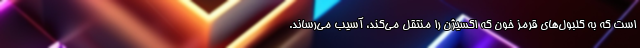
است که به گلبول‌های قرمز خون که اکسیژن را منتقل می‌کند، آسیب می‌رساند.